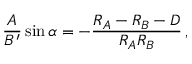
{ \frac { A } { B ^ { \prime } } } \sin \alpha = - { \frac { R _ { A } - R _ { B } - D } { R _ { A } R _ { B } } } \, ,